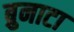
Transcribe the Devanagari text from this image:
ब्रुनाटा